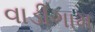
વાડીગામ